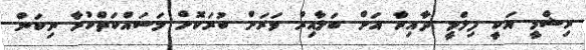
ރިޝްމީ އަކީ ފިލްމީ ދާއިރާ އަށް ބަލާއިރު ވަރަށް ބުރަކޮށް މަސައްކަތްކުރާ ނިކަން